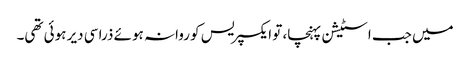
میں جب اسٹیشن پہنچا، تو ایکسپریس کو روانہ ہوئے ذرا سی دیر ہوئی تھی۔